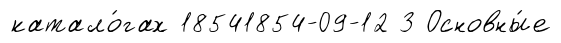
катало́гах 18541854-09-12 3 Основны́е